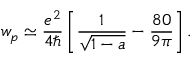
w _ { p } \simeq \frac { e ^ { 2 } } { 4 \hbar } \left[ \frac { 1 } { \sqrt { 1 - a } } - \frac { 8 0 } { 9 \pi } \right] .